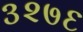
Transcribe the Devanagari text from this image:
३२७६